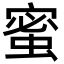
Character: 蜜